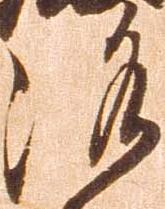
洛